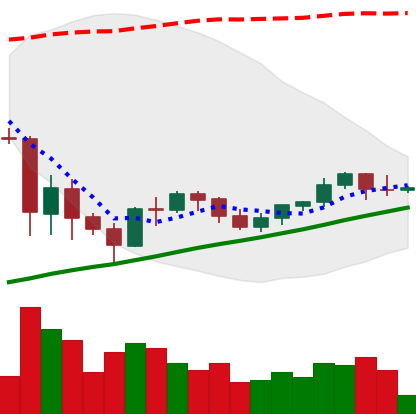
Ticker: BNB-USD
Chart end date: 2021-06-06
Forward return: -12.16%
Label: down_7plus